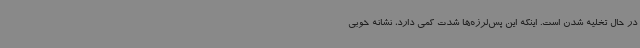
در حال تخلیه شدن است. اینکه این پس‌لرزه‌ها شدت کمی دارد، نشانه خوبی